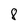
Character: 8